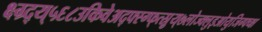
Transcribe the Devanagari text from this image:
क्ष्ग्र्द्य्५६८उकिवेअद्फ्स्ग्फ्त्स्र्रुय्७लोज्क्लुइओयुजिग्फ्च्क्ष